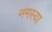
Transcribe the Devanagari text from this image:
नमस्या